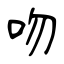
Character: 吻